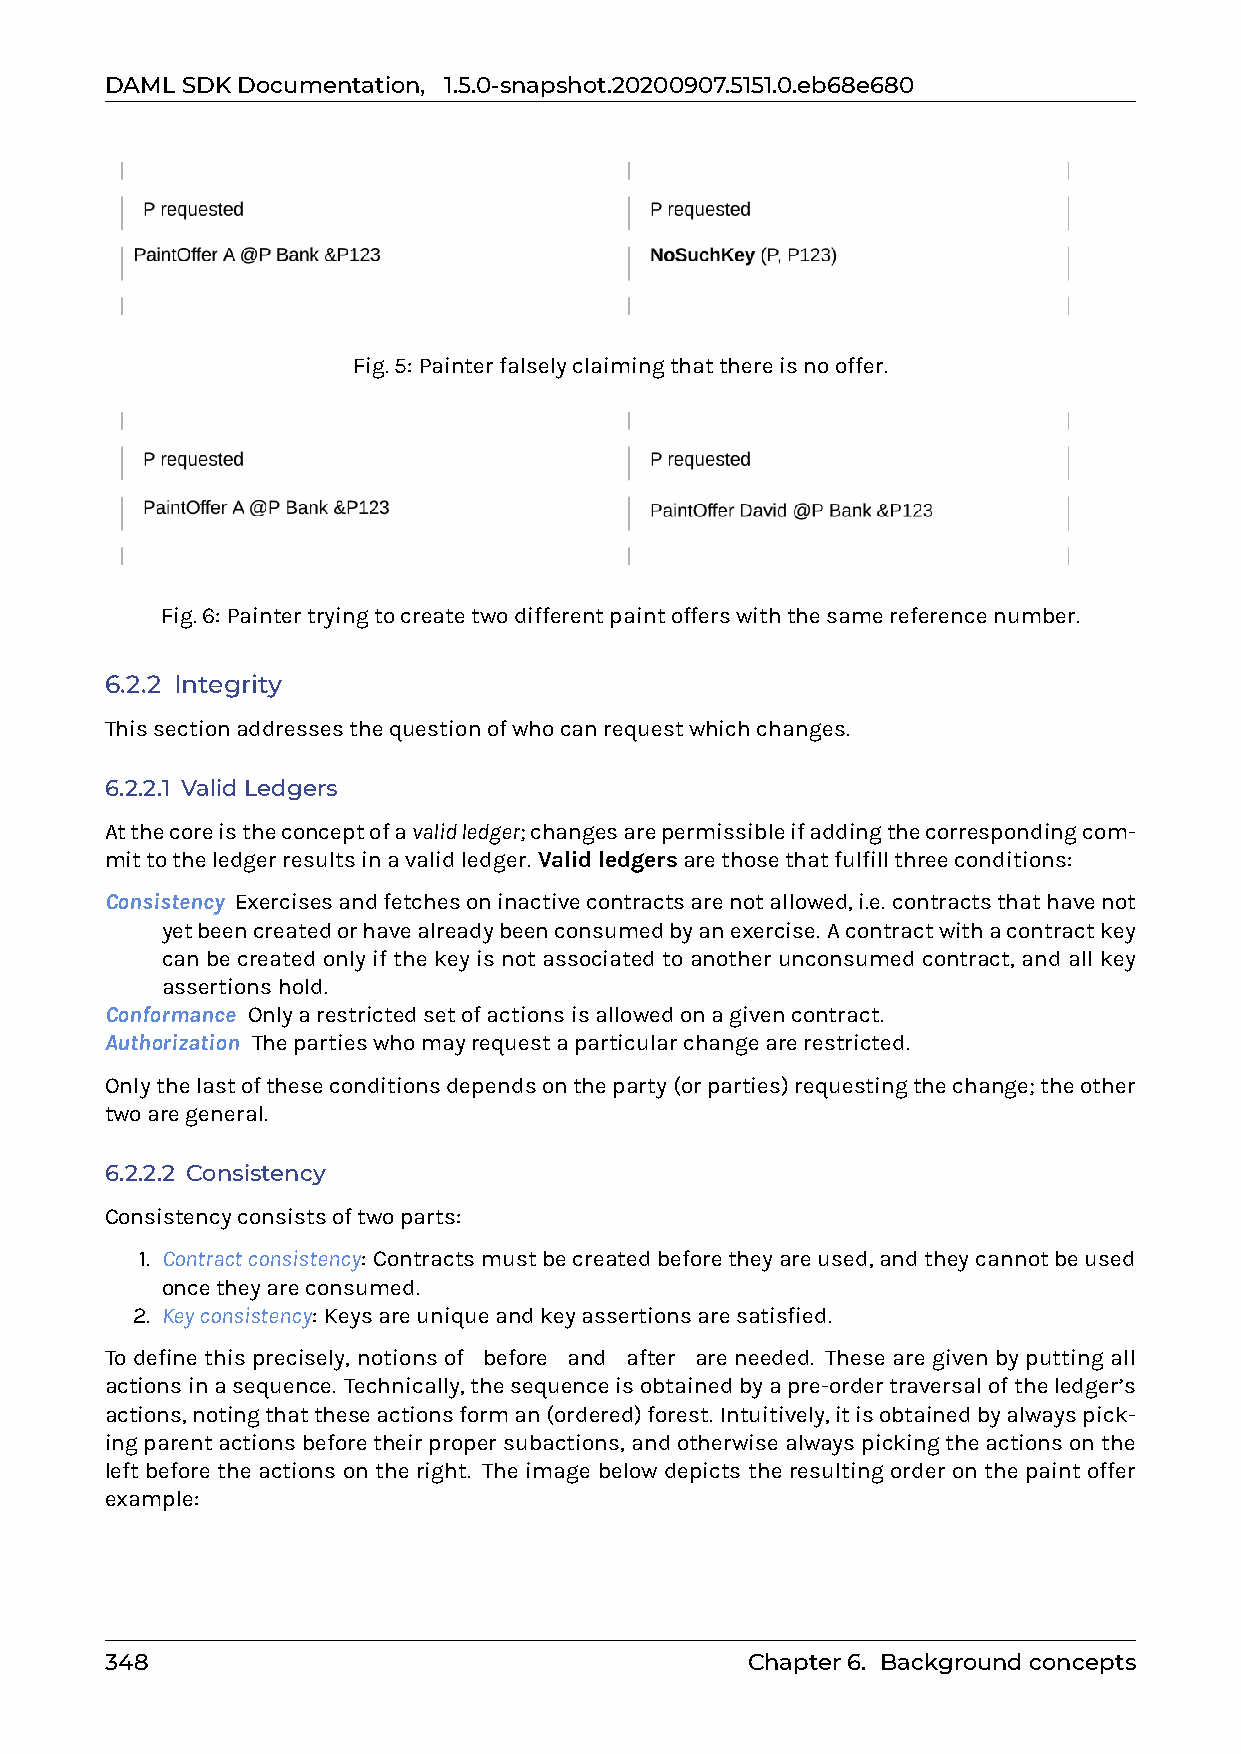
DAMLSDKDocumentation, 1.5.0-snapshot.20200907.5151.0.eb68e680
 Fig.5: Painterfalselyclaimingthatthereisnooffer.
 Fig.6: Paintertryingtocreatetwodifferentpaintofferswiththesamereferencenumber.
 6.2.2 Integrity
 Thissectionaddressesthequestionofwhocanrequestwhichchanges.
 6.2.2.1 ValidLedgers
 Atthecoreistheconceptofavalidledger;changesarepermissibleifaddingthecorrespondingcom-
 mittotheledgerresultsinavalidledger. Validledgersarethosethatfulfillthreeconditions:
 Consistency Exercisesandfetchesoninactivecontractsarenotallowed,i.e. contractsthathavenot
 yetbeencreatedorhavealreadybeenconsumedbyanexercise. Acontractwithacontractkey
 can be created only if the key is not associated to another unconsumed contract, and all key
 assertionshold.
 Conformance Onlyarestrictedsetofactionsisallowedonagivencontract.
 Authorization Thepartieswhomayrequestaparticularchangearerestricted.
 Onlythelastoftheseconditionsdependsontheparty(orparties)requestingthechange;theother
 twoaregeneral.
 6.2.2.2 Consistency
 Consistencyconsistsoftwoparts:
 1. Contractconsistency: Contractsmustbecreatedbeforetheyareused,andtheycannotbeused
 oncetheyareconsumed.
 2. Keyconsistency: Keysareuniqueandkeyassertionsaresatisfied.
 To define this precisely, notions of 0before0 and 0after0 are needed. These are given by putting all
 actionsinasequence. Technically,thesequenceisobtainedbyapre-ordertraversaloftheledger’s
 actions,notingthattheseactionsforman(ordered)forest. Intuitively,itisobtainedbyalwayspick-
 ingparentactionsbeforetheirpropersubactions,andotherwisealwayspickingtheactionsonthe
 left before the actions on the right. The image below depicts the resulting order on the paint offer
 example:
 348                                       Chapter6. Backgroundconcepts